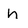
Character: n